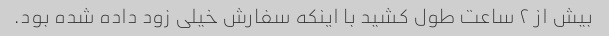
بیش از ۲ ساعت طول کشید با اینکه سفارش خیلی زود داده شده بود.